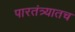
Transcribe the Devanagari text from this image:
पारतंत्र्यातच